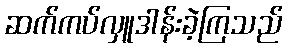
ဆက်ကပ်လှူဒါန်းခဲ့ကြသည်